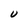
Character: U